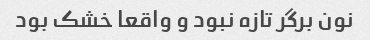
نون برگر تازه نبود و واقعا خشک بود